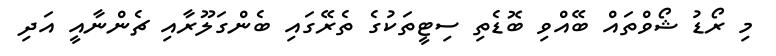
މި ރޯޑު ޝޯވްތައް ބޭއްވި ބޮޑެތި ސިޓީތަކުގެ ތެރޭގައި ބެންގަލޫރާއި ޗެންނާއީ އަދި